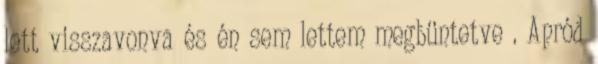
lett visszavonva és én sem lettem megbüntetve . Apród